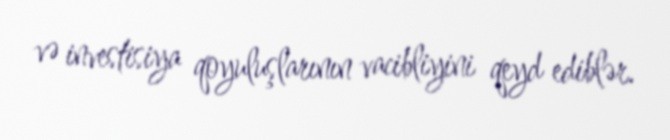
və investisiya qoyuluşlarının vacibliyini qeyd ediblər.